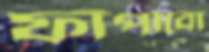
ফাঁপাবো